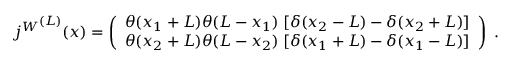
{ j ^ { W } } ^ { ( L ) } ( x ) = \left( \begin{array} { l } { { \theta ( x _ { 1 } + L ) \theta ( L - x _ { 1 } ) \; [ \delta ( x _ { 2 } - L ) - \delta ( x _ { 2 } + L ) ] } } \\ { { \theta ( x _ { 2 } + L ) \theta ( L - x _ { 2 } ) \; [ \delta ( x _ { 1 } + L ) - \delta ( x _ { 1 } - L ) ] } } \end{array} \right) \; .